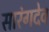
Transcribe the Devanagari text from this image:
सारंगदेव